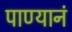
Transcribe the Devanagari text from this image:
पाण्यानं